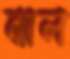
বাল